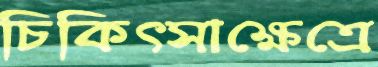
চিকিত্সাক্ষেত্রে